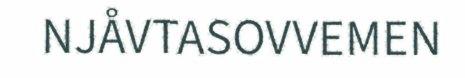
NJÅVTASOVVEMEN